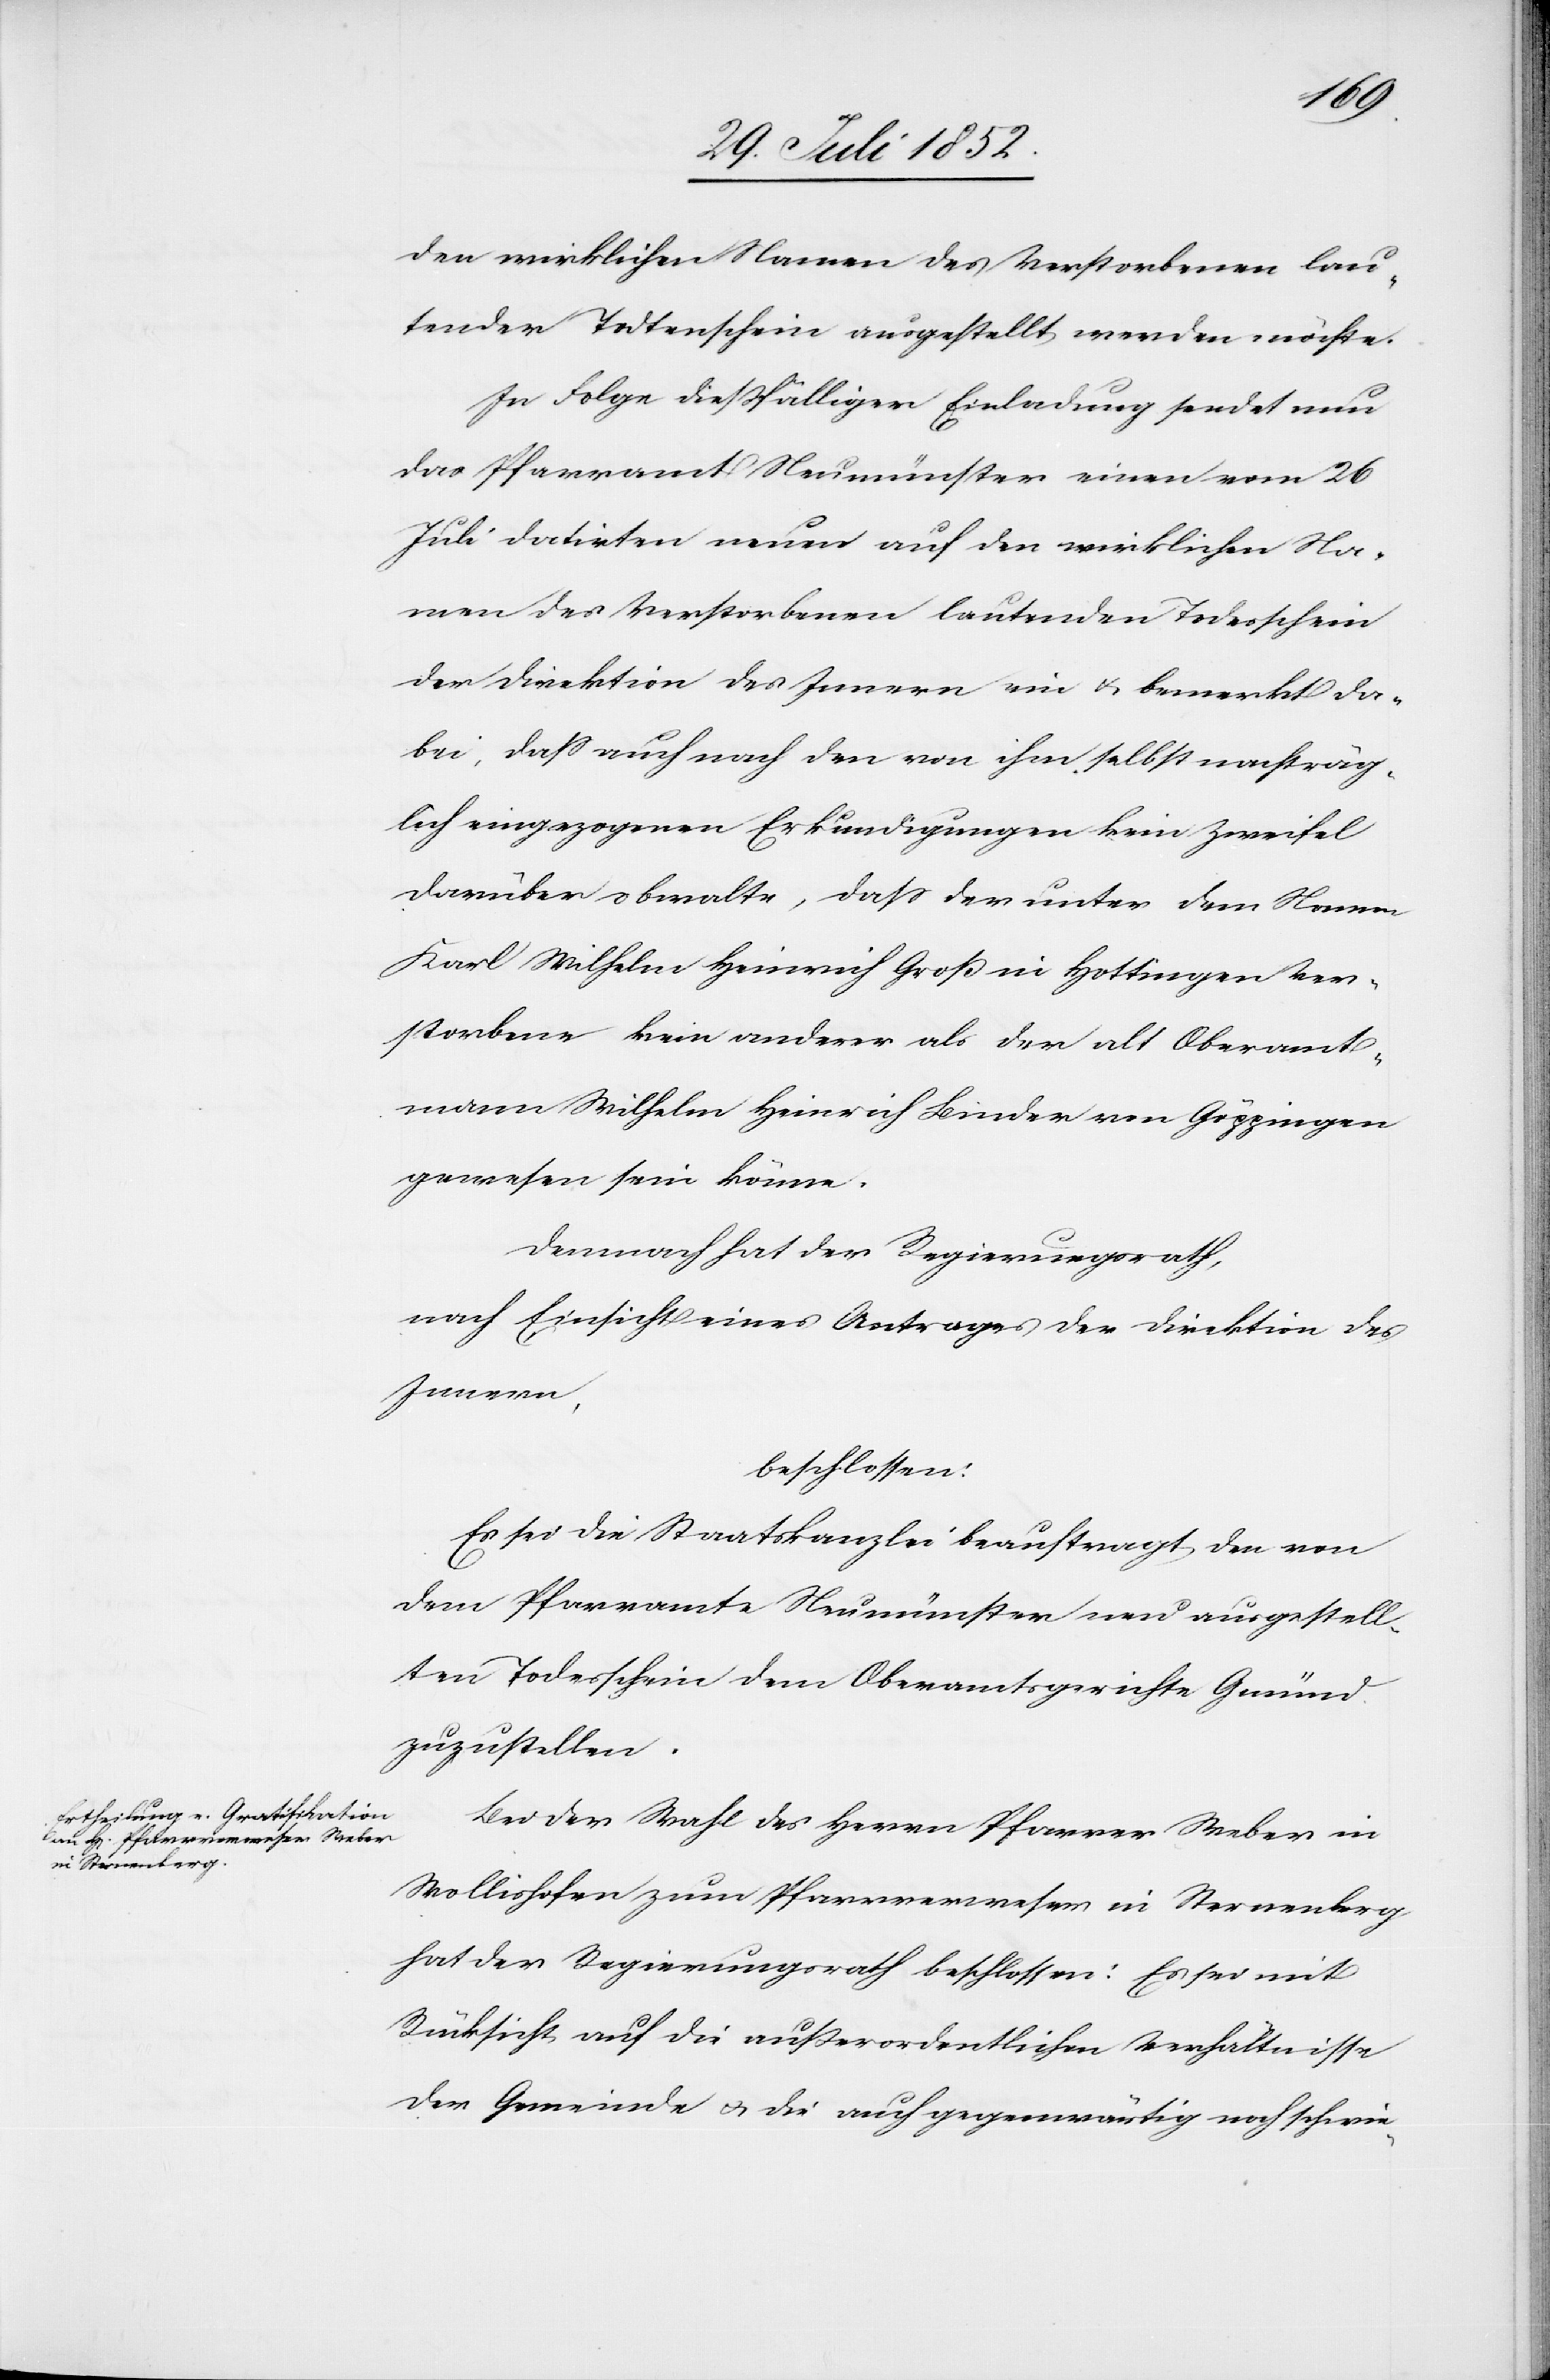
den wirklichen Namen des Verstorbenen lau¬
tender Todtenschein ausgestellt werden möchte.
In Folge dießfälliger Einladung sendet nun
das Pfarramt Neumünster einen vom 26
Juli datirten neuen auf den wirklichen Na¬
men des Verstorbenen lautenden Todesschein
der Direktion des Innern ein & bemerkt da¬
bei, dass auch nach den von ihm selbst nachträg¬
lich eingezogenen Erkundigungen kein Zweifel
darüber obwalte, dass der unter dem Namen
Karl Wilhelm Heinrich Groß in Hottingen Ver¬
storbene kein anderer als der alt Oberamt¬
mann Wilhelm Heinrich Binder von Göppingen
gewesen sein könne.
Demnach hat der Regierungsrath,
nach Einsicht eines Antrages der Direktion des
Innern,
beschlossen:
Es sei die Staatskanzlei beauftragt den von
dem Pfarramte Neumünster neu ausgestell¬
ten Todesschein dem Oberamtsgerichte Gmünd
zuzustellen.
Bei der Wahl des Herrn Pfarrer Weber in
Wollishofen zum Pfarrverweser in Sternenberg
hat der Regierungsrath beschlossen: Es sei mit
Rücksicht auf die außerordentlichen Verhältnisse
der Gemeinde & die auch gegenwärtig noch schwie-